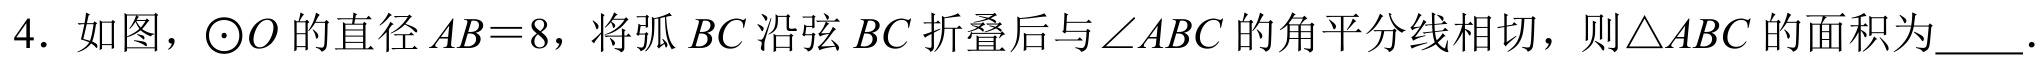
4. 如图，\(\odot O\) 的直径 \(AB = 8\)，将弧 \(BC\) 沿弦 \(BC\) 折叠后与\(\angle ABC\) 的角平分线相切，则\(\triangle ABC\) 的面积为\underline{\quad\quad}.